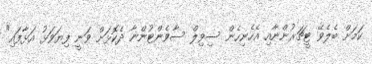
ކަމަށް ބެލެވޭ ޓީޗަރުންނާއި އެހެނިހެން ސިވިލް ސާވެންޓުންނާ ދެކޮޅަށް ވަނީ ފިޔަވަޅު އަޅާފައި"